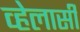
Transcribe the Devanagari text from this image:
व्हेलार्सी